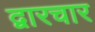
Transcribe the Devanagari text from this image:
द्वारचार